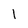
Character: 1